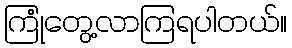
ကြုံတွေ့လာကြရပါတယ်။